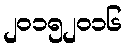
၂၀၁၅၂၀၁၆